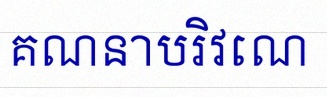
គណនាបរិវេណ